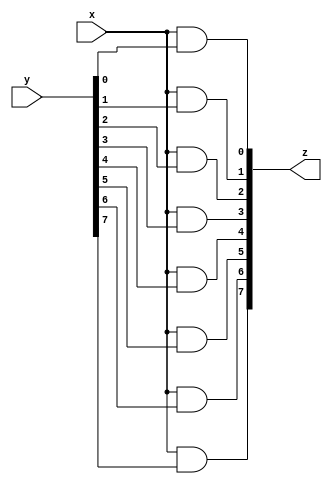
`timescale 1ns / 1ps
//////////////////////////////////////////////////////////////////////////////////
// Company: m62ammar@gmail.com
// 
// Design Name: 
// Module Name:    Line 
// Project Name: 
// Target Devices: 
// Tool versions: 
// Description: 
//
// Dependencies: 
//
// Revision: 
// Revision 0.01 - File Created
// Additional Comments: 
//
//////////////////////////////////////////////////////////////////////////////////
module Line( 
	input  x,
	input  [7:0] y,
	output [7:0] z
    );
	 
 assign z[0] = x & y[0];
 assign z[1] = x & y[1];
 assign z[2] = x & y[2];
 assign z[3] = x & y[3]; 
 assign z[4] = x & y[4];
 assign z[5] = x & y[5];
 assign z[6] = x & y[6];
 assign z[7] = x & y[7];

endmodule